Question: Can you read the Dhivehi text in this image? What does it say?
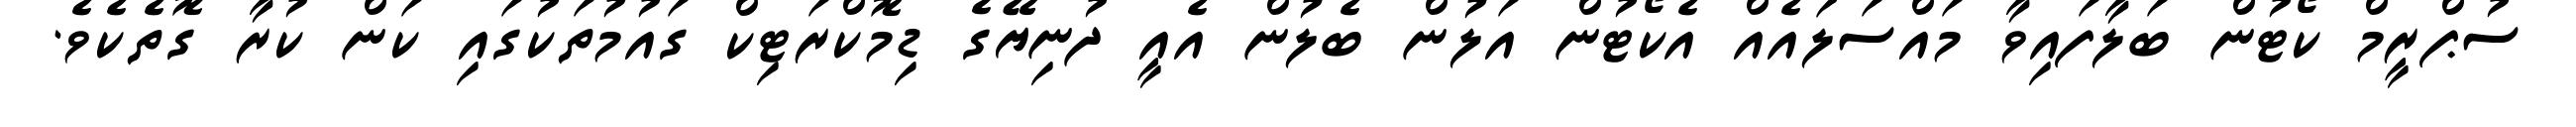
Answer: ސުޕްރީމް ކޯޓުން ބަލާފައިވާ މައްސަލައެއް އެކޯޓުން އަލުން ބެލުން އެއީ ދުނިޔޭގެ ޑިމޮކްރަޓިކް ގައުމުތަކުގައި ކަން ކުރާ ގޮތެކެވެ.